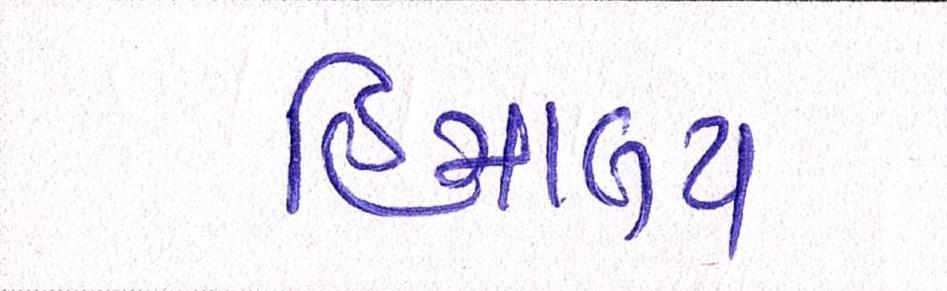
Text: હિમાચલ